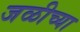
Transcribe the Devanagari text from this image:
जळीच्या